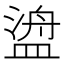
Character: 𬐯